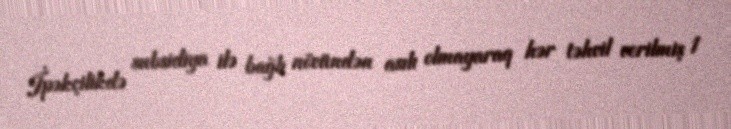
İpəkçilikdə subsidiya ilə bağlı növündən asılı olmayaraq hər təhvil verilmiş 1